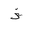
Letter: _thal